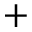
+